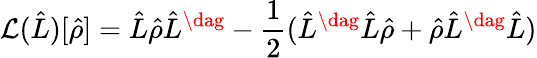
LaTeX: \mathcal{L}(\hat{L})[\hat{\rho}]=\hat{L}\hat{\rho}\hat{L}^{\dag}-\frac{1}{2}(\hat{L}^{\dag}\hat{L}\hat{\rho}+\hat{\rho}\hat{L}^{\dag}\hat{L})